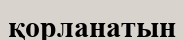
қорланатын